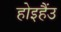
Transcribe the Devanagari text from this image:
होइहैंउ